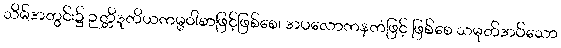
သိမ်အတွင်း၌ ဉတ္တိဒုတိယကမ္မဝါစာဖြင့်ဖြစ်စေ၊ အပလောကနကံဖြင့် ဖြစ်စေ သမုတ်အပ်သော